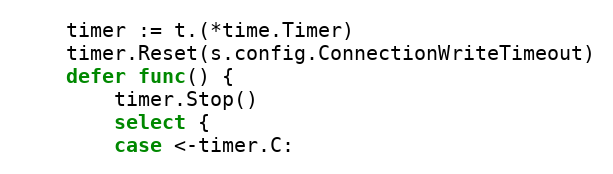
Language: Go
	timer := t.(*time.Timer)
	timer.Reset(s.config.ConnectionWriteTimeout)
	defer func() {
		timer.Stop()
		select {
		case <-timer.C: